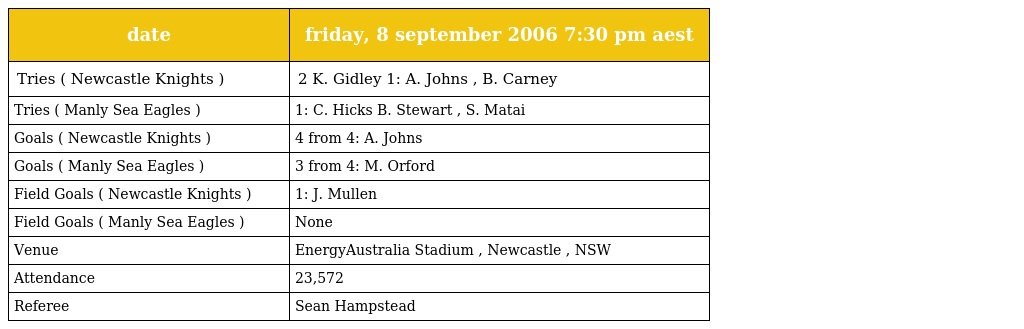
| date | friday, 8 september 2006 7:30 pm aest |
 | --- | --- |
 | Tries ( Newcastle Knights ) | 2 K. Gidley 1: A. Johns , B. Carney |
 | Tries ( Manly Sea Eagles ) | 1: C. Hicks B. Stewart , S. Matai |
 | Goals ( Newcastle Knights ) | 4 from 4: A. Johns |
 | Goals ( Manly Sea Eagles ) | 3 from 4: M. Orford |
 | Field Goals ( Newcastle Knights ) | 1: J. Mullen |
 | Field Goals ( Manly Sea Eagles ) | None |
 | Venue | EnergyAustralia Stadium , Newcastle , NSW |
 | Attendance | 23,572 |
 | Referee | Sean Hampstead |